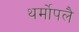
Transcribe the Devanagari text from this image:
थर्मोपलै